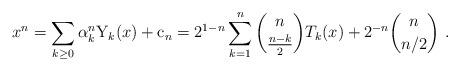
LaTeX: \begin{align*}x^n = \sum_{k \ge 0} \alpha^n_{k} \mathrm{Y}_k(x) + \mathrm{c}_n = 2^{1-n}\sum_{k=1}^n {n \choose \frac{n- k}{2} } T_{k}(x) +2^{-n} {n \choose n/2} \ . \end{align*}